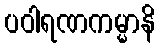
ပဝါရဏကမ္မာနိ